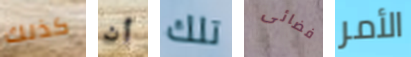
كذلك أن تلك فضائى الأمر